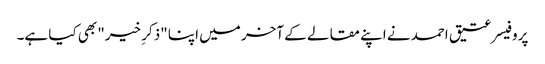
پروفیسر عتیق احمد نے اپنے مقالے کے آخر میں اپنا "ذکرِ خیر" بھی کیا ہے۔